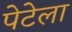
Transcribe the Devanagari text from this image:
पेटेला